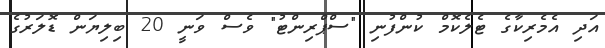
އަދި އެމެރިކާގެ ޓެލެކޮމް ކުންފުނި "ސްޕްރިންޓު" ވެސް ވަނީ 20 ބިލިޔަން ޑޮލަރުގެ